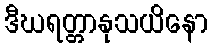
ဒီဃရတ္တာနုသယိနော